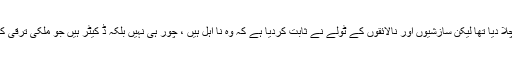
انہوں نے کہا کہ (ن) لیگ کی حکومت نے بڑی محنت سے ملک کو ترقی کی راہ پر چلا دیا تھا لیکن سازشیوں اور نالائقوں کے ٹولے نے ثابت کردیا ہے کہ وہ نا اہل ہیں ، چور ہی نہیں بلکہ ڈ کیٹر ہیں جو ملکی ترقی کے دشمن ہیں 100 دن میں کوئی چوری پکڑی گئی ہے تو علیمہ باجی کی پکڑی گئی۔